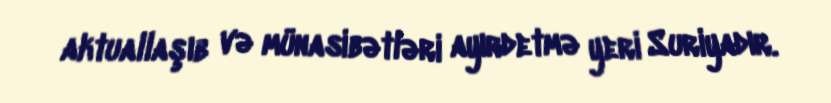
aktuallaşıb və münasibətləri ayırdetmə yeri Suriyadır.